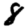
Digit: 8